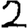
Digit: 2